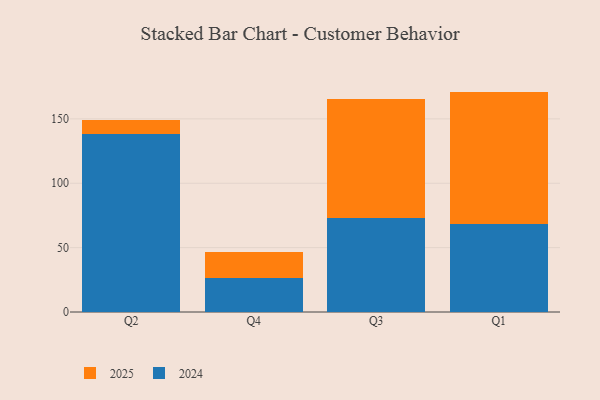
{"axis": {"x": "Quarter", "y": "Shipments"}, "legend": ["2024", "2025"], "data": [{"x": "Q2", "y": 138.6, "type": "2024"}, {"x": "Q2", "y": 10.5, "type": "2025"}, {"x": "Q4", "y": 26.8, "type": "2024"}, {"x": "Q4", "y": 19.9, "type": "2025"}, {"x": "Q3", "y": 72.8, "type": "2024"}, {"x": "Q3", "y": 92.9, "type": "2025"}, {"x": "Q1", "y": 68.6, "type": "2024"}, {"x": "Q1", "y": 102.6, "type": "2025"}]}